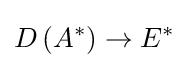
D\left(A^{*}\right)\to E^{*}